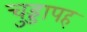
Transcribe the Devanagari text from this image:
चुड्डापह